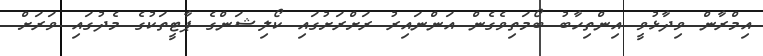
އިމްރާން ވިދާޅުވީ އިންތިހާބު ބޯމަތިވެގެން އަންނައިރު ރަށްރަށުގައި ކޯލިޝަންގެ ޕާޓީތަކުގެ މެދުގައި ވަރަށް